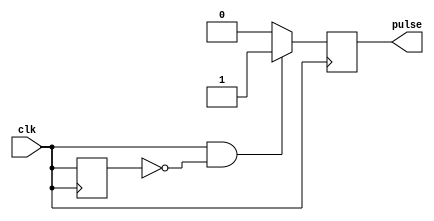
module Rising_Edge_Pulse_Generator(
    input wire clk,
    output reg pulse
);

reg prev_clk;

always @(posedge clk) begin
    if (clk && !prev_clk) begin
        pulse <= 1;
    end else begin
        pulse <= 0;
    end
    prev_clk <= clk;
end

endmodule